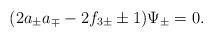
\begin{align*}(2a_ \pm a_\mp - 2f_{3\pm} \pm 1 ) \Psi_\pm = 0. \end{align*}